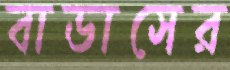
বাডাসের